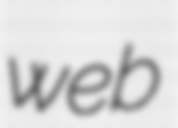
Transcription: web